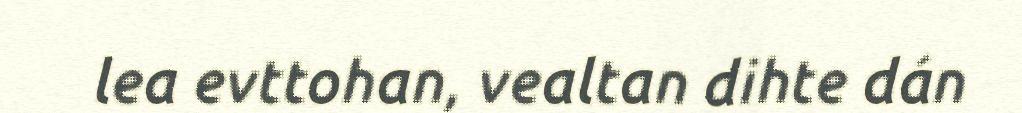
lea evttohan, vealtan dihte dán